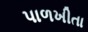
પાળખીતા